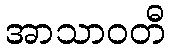
အာသာဝတီ